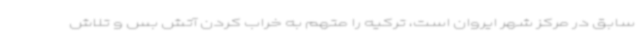
سابق در مرکز شهر ایروان است، ترکیه را متهم به خراب کردن آتش بس و تلاش